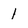
Character: 1